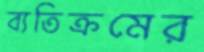
ব্যতিক্রমের